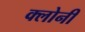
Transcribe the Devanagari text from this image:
क्लोनी